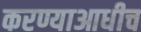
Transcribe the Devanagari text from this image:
करण्याआधीच